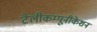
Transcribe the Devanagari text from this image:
टेलीकम्यूनीकेशन